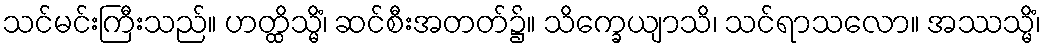
သင်မင်းကြီးသည်။ ဟတ္ထိသ္မိံ၊ ဆင်စီးအတတ်၌။ သိက္ခေယျာသိ၊ သင်ရာသလော။ အဿသ္မိံ၊